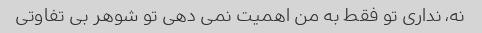
نه، نداری تو فقط به من اهمیت نمی دهی تو شوهر بی تفاوتی